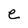
Character: e